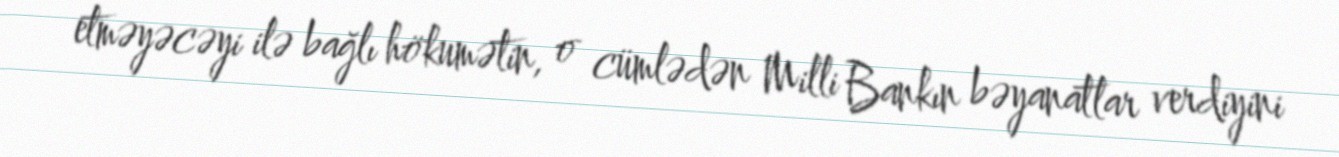
etməyəcəyi ilə bağlı hökumətin, o cümlədən Milli Bankın bəyanatlar verdiyini